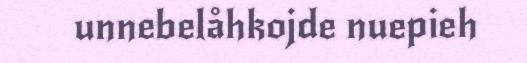
unnebelåhkojde nuepieh